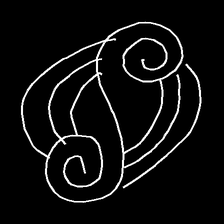
Glyph: wind-underfoot